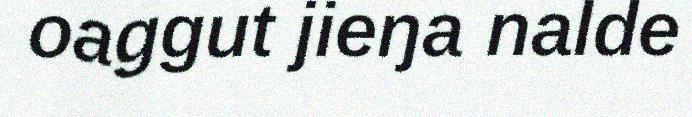
oaggut jieŋa nalde